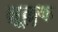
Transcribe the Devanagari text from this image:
क्षूल्लक